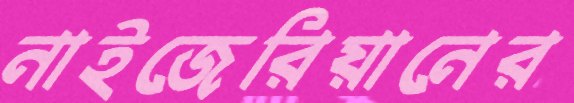
নাইজেরিয়ানের